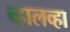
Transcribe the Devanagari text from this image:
व्हालव्हा